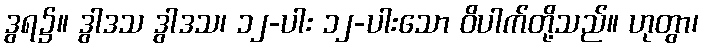
ဒွရ၌။ ဒွါဒသ ဒွါဒသ၊ ၁၂-ပါး ၁၂-ပါးသော ဝိပါက်တို့သည်။ ဟုတွာ၊